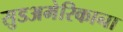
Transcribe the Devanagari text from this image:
सुडअमेरिकाना